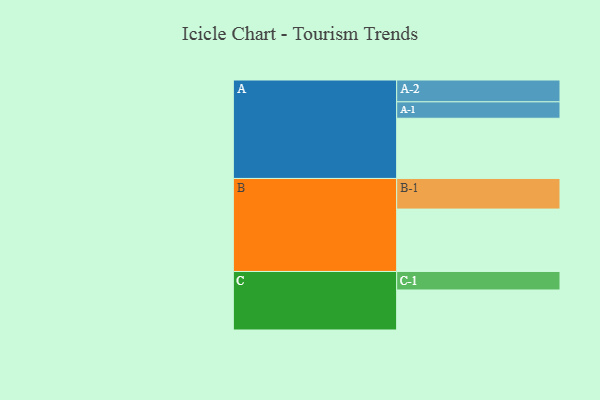
{"axis": {"x": "Segment", "y": "Value"}, "legend": ["", "A", "B", "C"], "data": [{"x": "A", "y": 576, "type": ""}, {"x": "B", "y": 597, "type": ""}, {"x": "C", "y": 383, "type": ""}, {"x": "A-1", "y": 157, "type": "A"}, {"x": "A-2", "y": 209, "type": "A"}, {"x": "B-1", "y": 293, "type": "B"}, {"x": "C-1", "y": 177, "type": "C"}]}